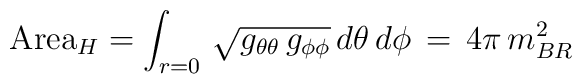
\mbox{Area}_H = \int_{r=0} \,\sqrt{g_{\theta\theta}\,g_{\phi\phi}} \,d\theta \,d\phi \, = \,4\pi \, m_{BR}^2